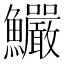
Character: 𩽴